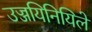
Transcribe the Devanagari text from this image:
उज्जयिनियिले